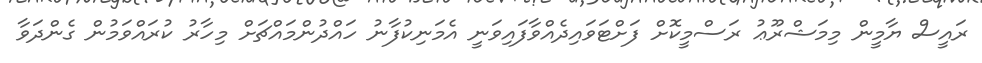
ރައީސް ޔާމީން މިމަޝްރޫޢު ރަސްމީކޮށް ފަށްޓަވައިދެއްވާފައިވަނީ އެމަނިކުފާނު ހައްދުންމައްޗަށް މިހާރު ކުރައްވަމުން ގެންދަވާ